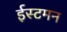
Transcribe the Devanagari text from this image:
ईस्टमन